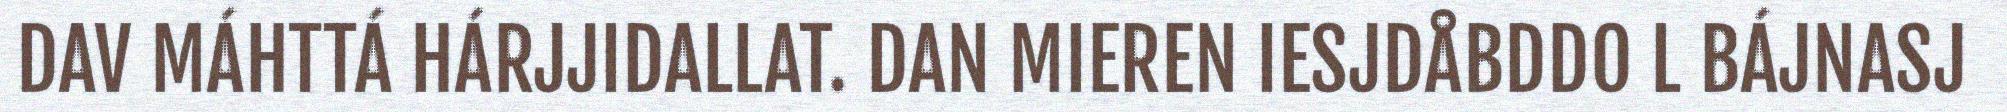
DAV MÁHTTÁ HÁRJJIDALLAT. DAN MIEREN IESJDÅBDDO L BÁJNASJ